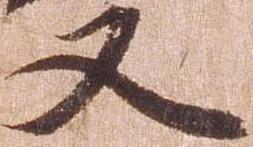
又